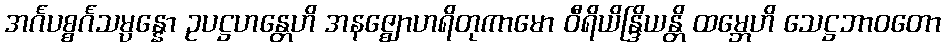
အင်္ဂပစ္စင်္ဂသမ္ပန္နော ဥပဋ္ဌဟန္တေဟိ အနဇ္ဈောဟရိတုကာမော ဝီရိယိန္ဒြိယန္တိ ထမ္ဘေဟိ သေဋ္ဌဘာဝတော